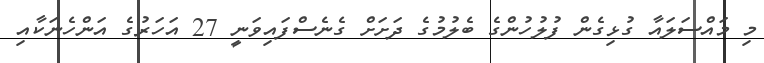
މި މައްސަލައާ ގުޅިގެން ފުލުހުންގެ ބެލުމުގެ ދަށަށް ގެނެސްފައިވަނީ 27 އަހަރުގެ އަންހެނަކާއި